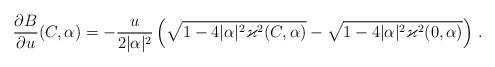
LaTeX: \begin{align*} \frac{\partial B}{\partial u}(C,\alpha)=-\frac{u}{2|\alpha|^2} \left( \sqrt{1-4|\alpha|^2\varkappa^2(C,\alpha)}-\sqrt{1-4|\alpha|^2\varkappa^2(0,\alpha)} \right) \,.\end{align*}